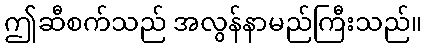
ဤဆီစက်သည် အလွန်နာမည်ကြီးသည်။